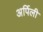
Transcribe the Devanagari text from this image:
अर्पिली